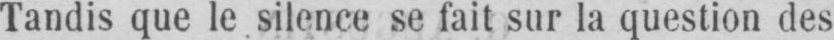
Tandis que le silence se fait sur la question des